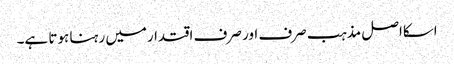
اسکااصل مذہب صرف اور صرف اقتدارمیں رہنا ہوتا ہے۔